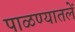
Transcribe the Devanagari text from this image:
पाळण्यातलें